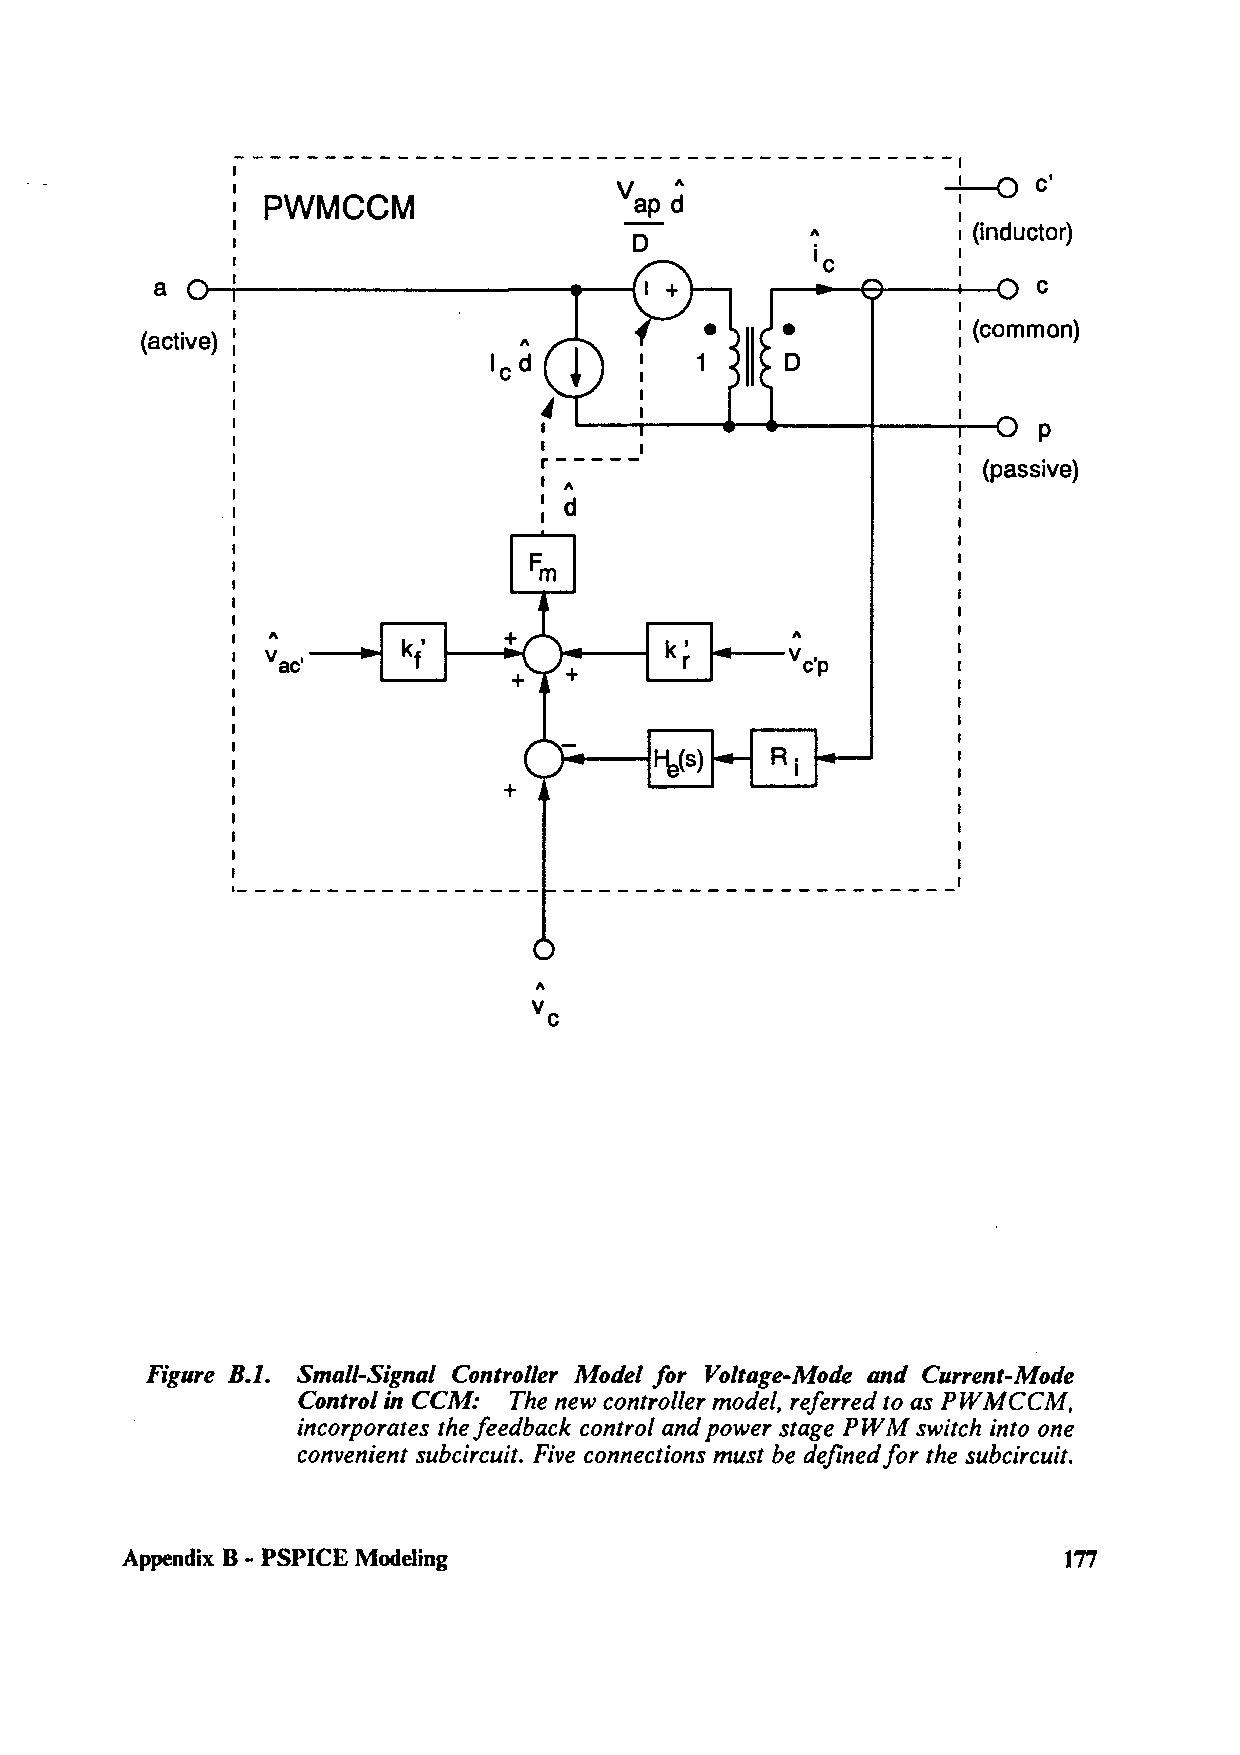
I                                               I
 +-o
 '                         V                           c'
 A
 PWMCCM                   ap d                 1
 0                      (inductor)
 A        :
 ic       :
 a                                                          C
 I
 : (common)
 (active)
 p
 I     I
 r-----
 (passive)
 1 A
 I d
 I
 A                                 A
 k'
 vac'     f                        vc'p
 R.
 I
 A
 Figure B.1. Small-Signal Controller Model for Voltage-Mode and Current-Mode
 Control in CCM: The new controller model, referred to as PWMCCM,
 incorporates the feedback control and power stage PWM switch into one
 convenient subcircuit. Five connections must be defined for the subcircuit.
 Appendix B - PSPICE Modeling                                  177